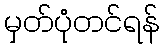
မှတ်ပုံတင်ရန်